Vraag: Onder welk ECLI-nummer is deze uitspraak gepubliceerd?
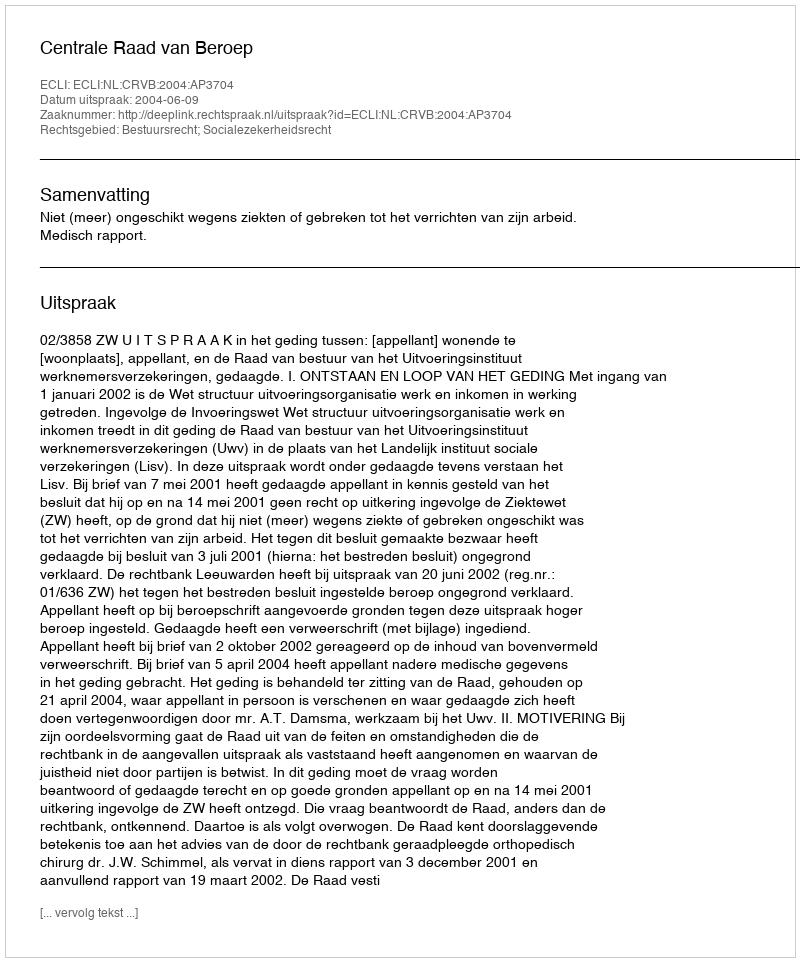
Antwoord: ECLI:NL:CRVB:2004:AP3704